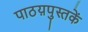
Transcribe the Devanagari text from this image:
पाठय़पुस्तकें